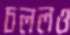
চললও